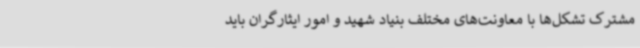
مشترک تشکل‌ها با معاونت‌های مختلف بنیاد شهید و امور ایثارگران باید